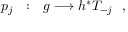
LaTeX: p _ { j } \ \ : \ \ g \longrightarrow h ^ { * } T _ { - j } \ \ ,